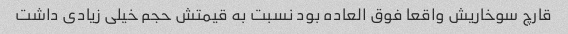
قارچ سوخاریش واقعا فوق العاده بود نسبت به قیمتش حجم خیلی زیادی داشت